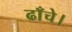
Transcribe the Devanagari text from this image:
ढाँचे।